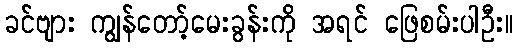
ခင်ဗျား ကျွန်တော့်မေးခွန်းကို အရင် ဖြေစမ်းပါဦး။